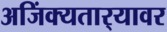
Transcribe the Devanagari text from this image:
अजिंक्यतार्‍यावर